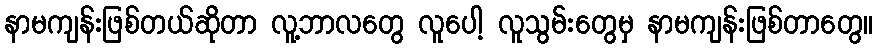
နာမကျန်းဖြစ်တယ်ဆိုတာ လူ့ဘာလတွေ လူပေါ့ လူသွမ်းတွေမှ နာမကျန်းဖြစ်တာတွေ။